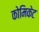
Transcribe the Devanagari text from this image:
कोमिकेट